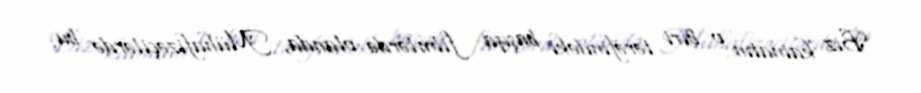
Biz kainatın o biri tərəfindəki başqa filmlərdə olanda, Mühafizəçilərdə bu